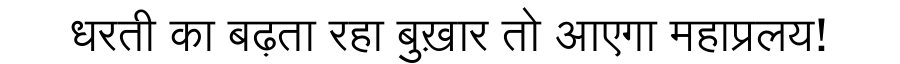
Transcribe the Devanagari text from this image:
धरती का बढ़ता रहा बुख़ार तो आएगा महाप्रलय!